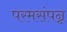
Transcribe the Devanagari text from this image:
परमसंपन्न